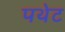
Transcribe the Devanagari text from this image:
पथेट